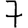
Digit: 7